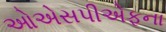
ઓએસપીએફના